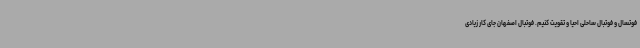
فوتسال و فوتبال ساحلی احیا و تقویت کنیم. فوتبال اصفهان جای کار زیادی